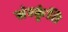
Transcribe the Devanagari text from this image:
संस्कृंति